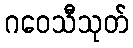
ဂဝေသီသုတ်